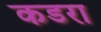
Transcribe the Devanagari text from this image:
कडरा